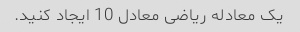
یک معادله ریاضی معادل 10 ایجاد کنید.